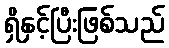
ရှိနှင့်ပြီးဖြစ်သည်